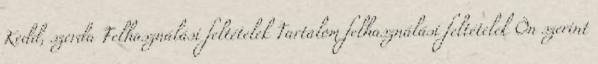
Kedd, szerda Felhasználási feltételek Tartalom felhasználási feltételek Ön szerint